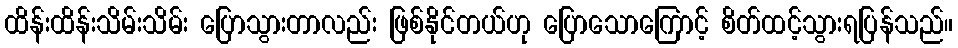
ထိန်းထိန်းသိမ်းသိမ်း ပြောသွားတာလည်း ဖြစ်နိုင်တယ်ဟု ပြောသောကြောင့် စိတ်ထင့်သွားရပြန်သည်။